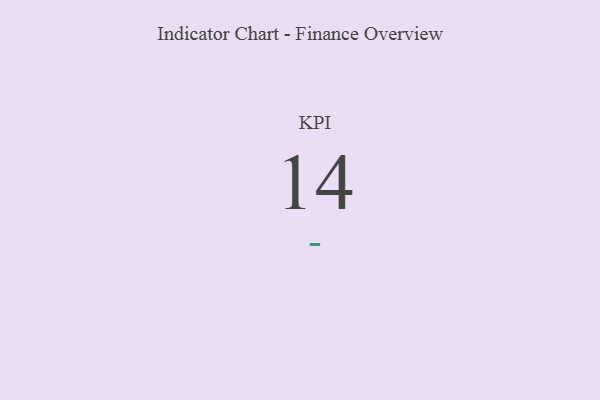
{"axis": {"x": "KPI", "y": "Value"}, "legend": [""], "data": [{"x": "KPI", "y": 14, "type": ""}]}